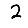
Digit: 2